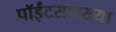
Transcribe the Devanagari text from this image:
पॉईंटसारख्या